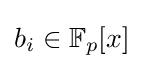
b_{i}\in \mathbb {F} _{p}[x]